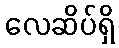
လေဆိပ်ရှိ